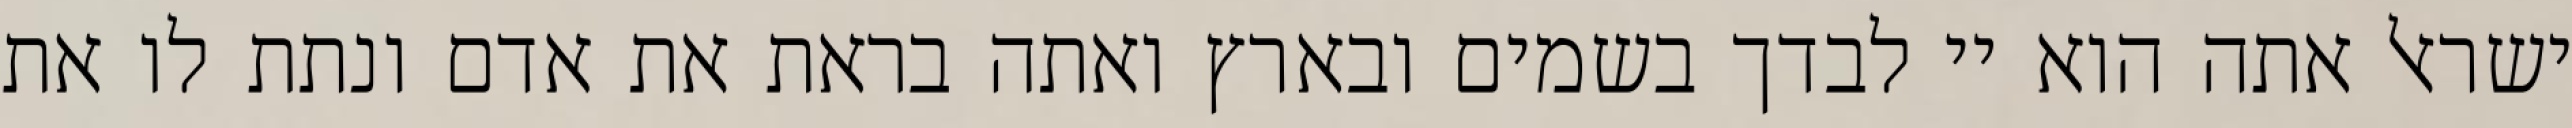
ישראל אתה הוא יי לבדך בשמים ובארץ ואתה בראת את אדם ונתת לו את